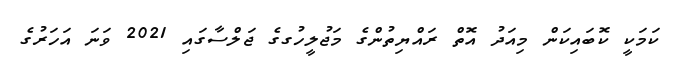
ކަމަކީ ކޮބައިކަން މިއަދު އޮތް ރައްޔިތުންގެ މަޖުލީހުގގެ ޖަލްސާގައި 2021 ވަނަ އަހަރުގެ